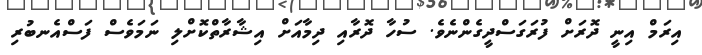
އިރަމް އިނީ ދޮރަށް ފުރަގަސްދީގެންނެވެ. ސުހާ ދޮރާއި ދިމާއަށް އިޝާރާތްކޮށްލި ނަމަވެސް ފަސްއެނބުރި